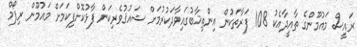
ރައީސް މައުމޫންގެ ތާއީދާއެކު 108 ފަރާތަކުން އިންތިޚާބުގައިވާދަކުރުމަށް ޝައުޤުވެރިކަން ފާޅުކޮށްފިކަމަށް މައުމޫން ރިފޯމް